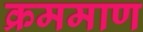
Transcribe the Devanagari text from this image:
क्रममाण